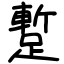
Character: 蹔